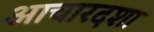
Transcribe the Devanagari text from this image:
आचारदशा